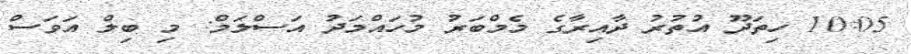
10:05 ހިތަދޫ އުތުރު ދާއިރާގެ މެމްބަރު މުހައްމަދު އަސްލަމް: މި ބިލް އަވަސް